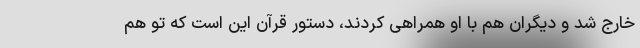
خارج شد و دیگران هم با او همراهی کردند، دستور قرآن این است که تو هم